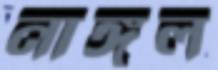
নাঙ্গল